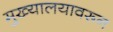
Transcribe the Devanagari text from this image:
मुख्यालयावरून